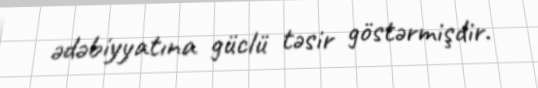
ədəbiyyatına güclü təsir göstərmişdir.